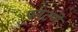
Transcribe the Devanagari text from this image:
फाटणे